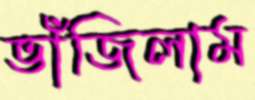
ভাঁজিলাম